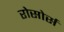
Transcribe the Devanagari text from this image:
रोसोर्स